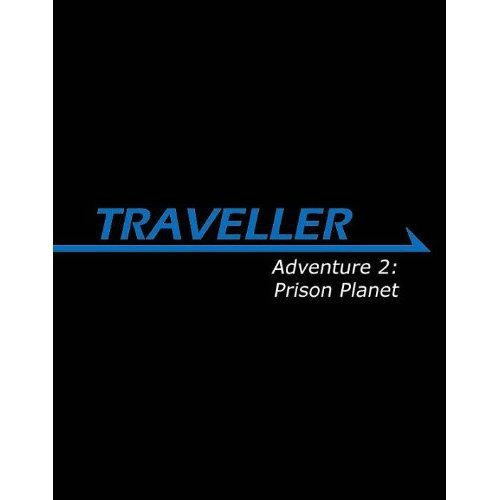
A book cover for Traveller Adventure 2: Prison Planet (Traveller Sci-Fi Roleplaying); Gareth Hanrahan; Science Fiction & Fantasy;